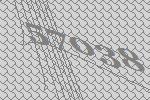
57038